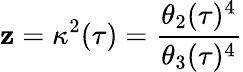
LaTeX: \mathbf{z}=\kappa^{2}(\tau)={\frac{{\theta_{2}(\tau)^{4}}}{{\theta_{3}(\tau)^{4}}}}